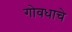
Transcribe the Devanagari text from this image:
गोवधाचे